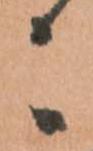
々